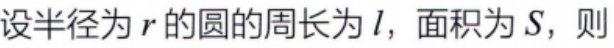
设半径为\(r\)的圆的周长为\(l\)，面积为\(S\)，则